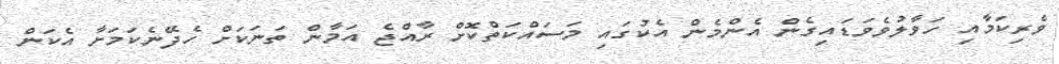
ވެރިކަމާއި ހަވާލުވެވަޑައިގެން އެންމެން އެކުގައި މަސައްކަތްކޮށް ރާއްޖެ އަމާން ތަނަކަށް ހެދޭނެކަމަށާ އެކަން